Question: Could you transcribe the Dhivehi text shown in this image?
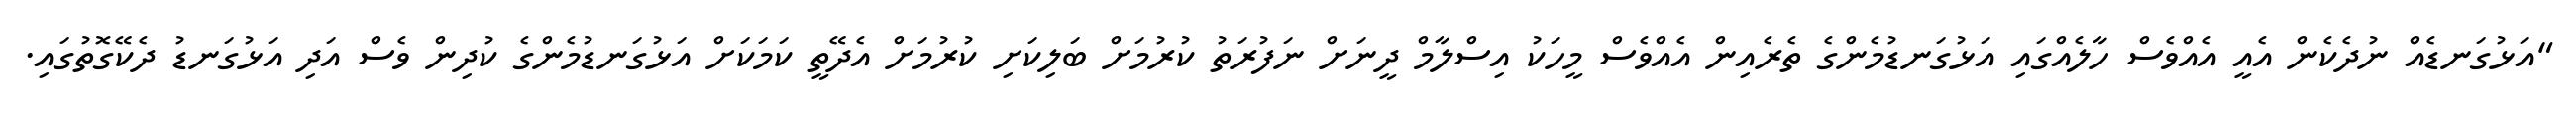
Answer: "އަޅުގަނޑެއް ނުދެކެން އެއީ އެއްވެސް ހާލެއްގައި އަޅުގަނޑުމެންގެ ތެރެއިން އެއްވެސް މީހަކު އިސްލާމް ދީނަށް ނަފުރަތު ކުރުމަށް ބަލިކަށި ކުރުމަށް އެދޭތީ ކަމަކަށް އަޅުގަނޑުމެންގެ ކުދިން ވެސް އަދި އަޅުގަނޑު ދެކޭގޮތުގައި.